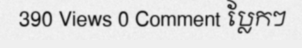
390 Views 0 Comment ប្លែកៗ